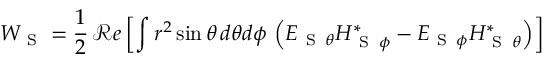
W _ { \mathrm { ~ S ~ } } = \frac { 1 } { 2 } \, \mathcal { R } e \left[ \int r ^ { 2 } \sin { \theta } \, d \theta d \phi \, \left( E _ { { \mathrm { ~ S ~ } } \, \theta } H _ { { \mathrm { ~ S ~ } } \, \phi } ^ { * } - E _ { { \mathrm { ~ S ~ } } \, \phi } H _ { { \mathrm { ~ S ~ } } \, \theta } ^ { * } \right) \right]